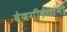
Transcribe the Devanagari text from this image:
देणगीदारांनी